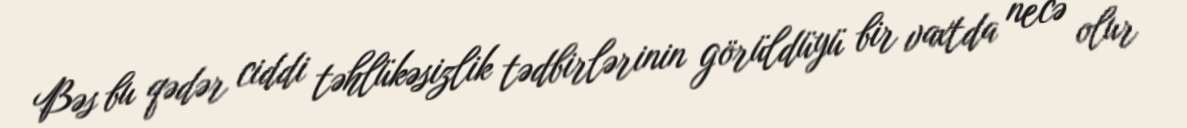
Bəs bu qədər ciddi təhlükəsizlik tədbirlərinin görüldüyü bir vaxtda necə olur